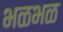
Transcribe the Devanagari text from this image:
भळभळ